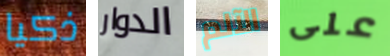
ذكيا الدوار الآلم على